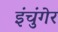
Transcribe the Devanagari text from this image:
इंचुंगेर